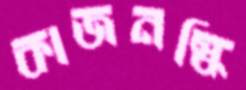
কাজনস্কি